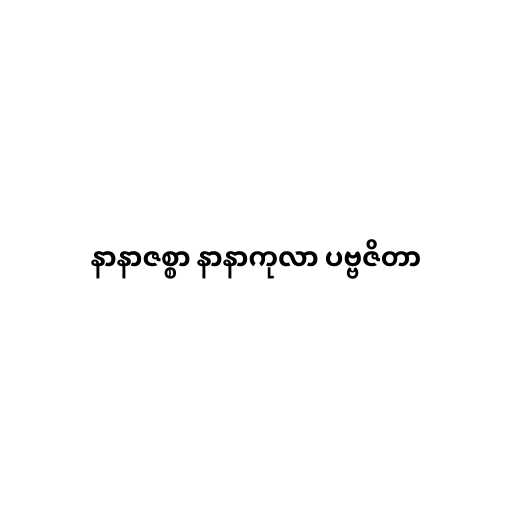
နာနာဇစ္စာ နာနာကုလာ ပဗ္ဗဇိတာ